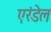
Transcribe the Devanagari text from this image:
एरंडेल